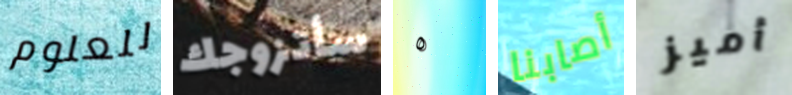
للعلوم سأتزوجك ٥ أصابنا أميز